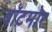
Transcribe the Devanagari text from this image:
बॉटमोर